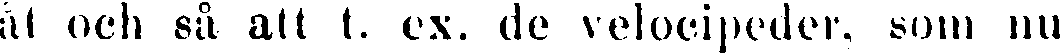
åt och så att t. ex. de velocipeder, som nu